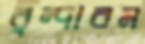
বৃন্দাবন